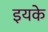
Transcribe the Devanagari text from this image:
इयके